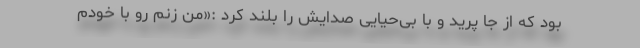
بود که از جا پرید و با بی‌حیایی صدایش را بلند کرد :«من زنم رو با خودم